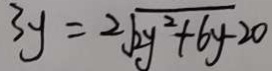
3 y = 2 \sqrt { 2 y ^ { 2 } + 6 y - 2 0 }